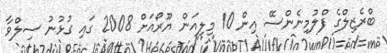
ބްރެޒިލްގެ ފްލުމިނެންސޭ އިން 10 މިލިއަން ޔޫރޯއަށް 2008 ގައި ގުޅުނު ސިލްވާ